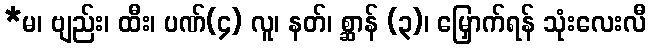
*မ၊ ဗျည်း၊ ထီး၊ ပဏ်(၄) လူ၊ နတ်၊ စ္ဆာန် (၃)၊ မြှောက်ရန် သုံးလေးလီ